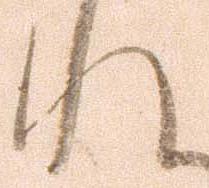
れ